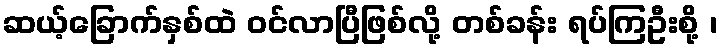
ဆယ့်ခြောက်နှစ်ထဲ ဝင်လာပြီဖြစ်လို့ တစ်ခန်း ရပ်ကြဦးစို့ ၊